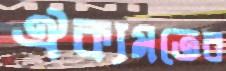
ঐক্যমতের